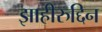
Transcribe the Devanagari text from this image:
झाहीरुद्दिन